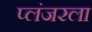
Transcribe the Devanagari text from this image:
प्लंजरला